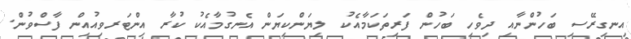
އިނގިރޭސި ބަހުންނާއި ދިވެހި ބަހުން ފަރިތަކަމާއެކު ލިޔަންކިޔަން އެނގުމާއެކު ކުރާ އިންޓަރވިއުއިން ފާސްވުން.